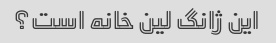
این ژانگ لین خانه است؟